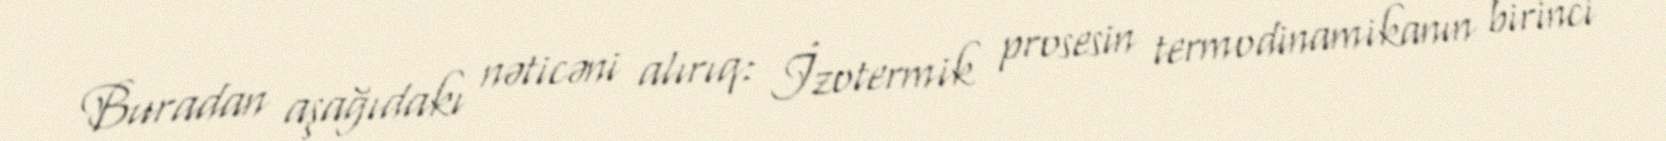
Buradan aşağıdakı nəticəni alırıq: İzotermik prosesin termodinamikanın birinci